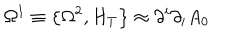
\Omega ^ { 1 } \equiv \left\{ \Omega ^ { 2 } , H _ { T } \right\} \approx \partial ^ { i } \partial _ { i } A _ { 0 }